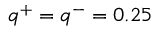
q ^ { + } = q ^ { - } = 0 . 2 5